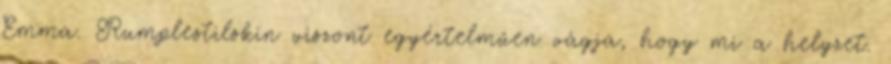
Emma. Rumplestilskin viszont egyértelműen vágja, hogy mi a helyzet.